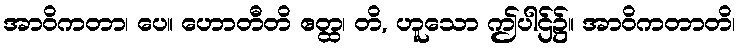
အာဝိကတာ၊ ပေ။ ဟောတီတိ ဧတ္ထ၊ တိ, ဟူသော ဤပါဌ်၌။ အာဝိကတာတိ၊